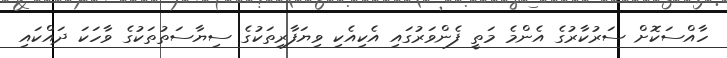
ހާއްސަކޮށް ސަރުކާރުގެ އެންމެ މަތީ ފެންވަރުގައި އެކިއެކި ވިޔަފާރިތަކުގެ ސިޔާސަތުތަކުގެ ވާހަކަ ދައްކައި